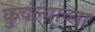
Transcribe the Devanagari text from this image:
कुचंल्याच्या